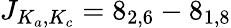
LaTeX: J_{K_{a},K_{c}}=8_{2,6}-8_{1,8}